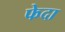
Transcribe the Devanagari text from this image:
फेदा